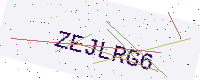
Text: ZEJLRG6